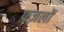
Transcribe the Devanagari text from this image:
फ़ज़लों